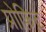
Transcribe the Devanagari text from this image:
प्रोफ़िट